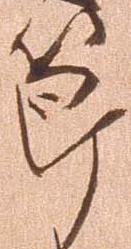
節